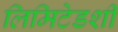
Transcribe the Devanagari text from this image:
लिमिटेडशी